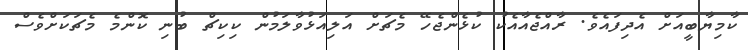
ކާމިޔާބީއަށް އެދިފައެވެ. ރާއްޖެއާއެކު ކުޅެންޖެހޭ މެޗަށް އަލިއަޅުވާލަމުން ކިކިޗް ބުނި ކޮންމެ މެޗަކަށްވެސް